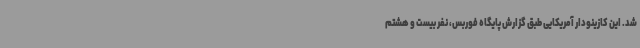
شد. این کازینودار آمریکایی طبق گزارش پایگاه فوربس، نفر بیست و هشتم